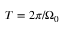
T = 2 \pi / \Omega _ { 0 }